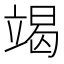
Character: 竭